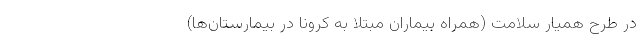
در طرح همیار سلامت (همراه بیماران مبتلا به کرونا در بیمارستان‌ها)